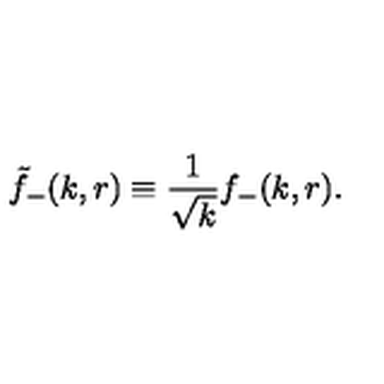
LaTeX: \tilde { f } _ { - } ( k , r ) \equiv { \frac { 1 } { \sqrt { k } } } f _ { - } ( k , r ) .